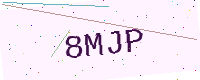
Text: 8MJP